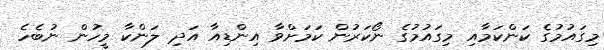
މިގައުމުގެ ކަންކަމާއި މިގައުމުގެ ނޯކަރުން ކަމަށްވާ އިންޑިއާ އަދި ލަންކާ މީހުން ނުބެހެ